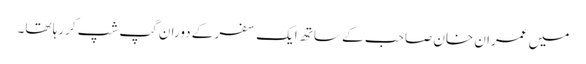
میں عمران خان صاحب کے ساتھ ایک سفر کے دوران گپ شپ کررہا تھا۔